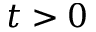
t > 0